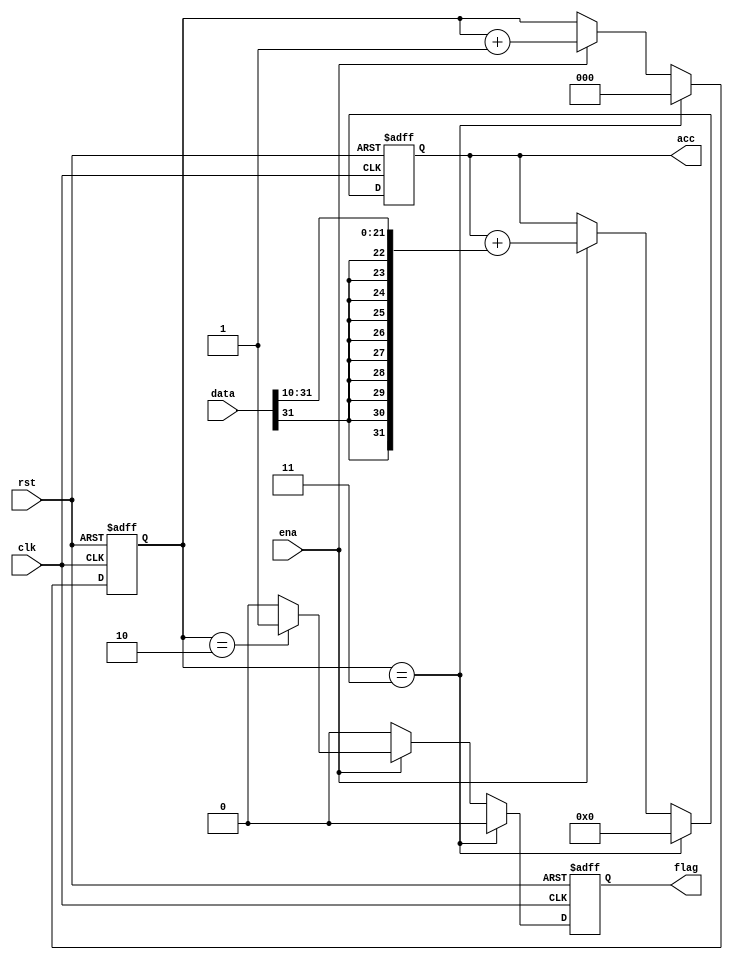
module accum #(parameter DIM=3)(
    input clk, rst, ena,
    input [10:-21] data,

    output reg flag,
	 

	 output signed [20:-11] acc
);

localparam NBIT_ADDR = $clog2(DIM)+1;

reg [(NBIT_ADDR-1):0] cnt;

reg signed [20:-11] accaux;  



assign acc = accaux;


always@(posedge clk, negedge rst) begin
   if(!rst) begin
        accaux <= 0;
        flag <= 1'b0;
        cnt <= 2'b0;
   end 
   else begin
        if(cnt == DIM) begin
            accaux <= 0;
            flag <= 1'b0;
			cnt <= 2'b00;
        end
        else begin
            if(ena == 1'b1) begin
                if(cnt == (DIM-1)) begin
                    cnt <= cnt + 2'b1;
                    flag <= 1'b1;       
					accaux <= accaux + {{10{data[10]}}, data[10:0],data[-1:-11]};
                end
                else begin
					accaux <= accaux + {{10{data[10]}}, data[10:0],data[-1:-11]};
					cnt <= cnt + 2'b1;
                    flag <= 1'b0;
                end
            end
            else begin
                flag <= 1'b0;
            end
        end
   end
end

endmodule